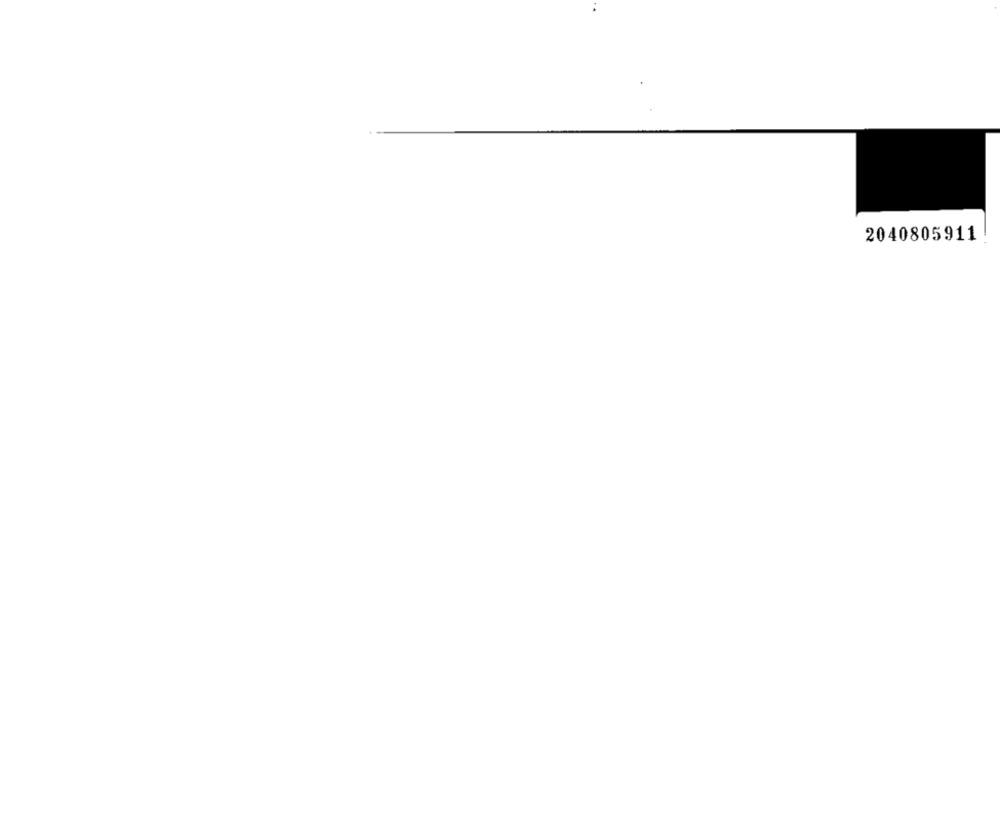
2040805911